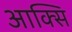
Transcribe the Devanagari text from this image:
आक्सि